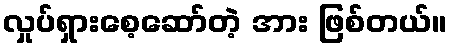
လှုပ်ရှားစေ့ဆော်တဲ့ အား ဖြစ်တယ်။